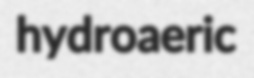
hydroaeric